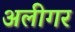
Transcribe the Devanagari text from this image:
अलीगर